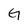
Character: G